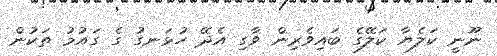
ނޫނީ ކަލެޔާ ކަލޭގެ ބައިވެރިން ވާގި އެދޭ ހުޅަނގު ގެ ގައުމު ތަކުން